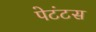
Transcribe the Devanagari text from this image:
पेटंटस